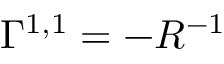
\Gamma ^ { 1 , 1 } = - R ^ { - 1 }